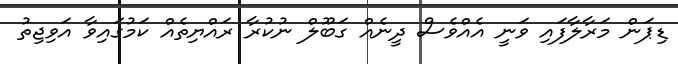
ޑިޕަން މަރާލާފައި ވަނީ އެއްވެސް ދީނެއް ގަބޫލް ނުކުރާ ރައްޔިތެއް ކަމުގައިވާ އަވިޖިތު